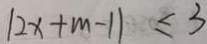
\vert 2 x + m - 1 \vert \leq 3